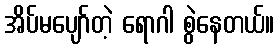
အိပ်မပျော်တဲ့ ရောဂါ စွဲနေတယ်။